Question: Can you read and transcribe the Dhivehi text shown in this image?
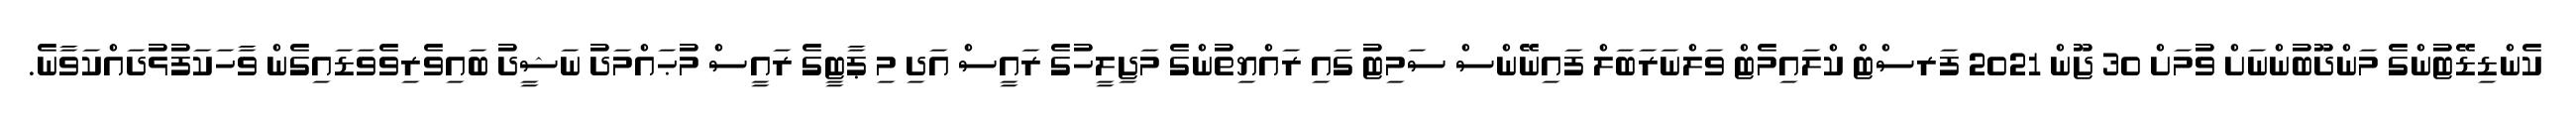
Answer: ކެންޑިޑޭޓުންގެ މަންދޫބުންނަށް ވުމަށް 30 ޖޫން 2021 ފަރސްޓް ކްލައިމެޓް ވަލްނަރަބަލް ފައިނޭންސް ސަމިޓު ގައި ރައްޔިތުންގެ މަޖިލީހުގެ ރައީސް އަދި މި ޕާޓީގެ ރައީސް މުޙައްމަދު ނަޝީދު ބައިވެރިވެވަޑައިގެން ވާހަކަފުޅުދައްކަވާނެ.